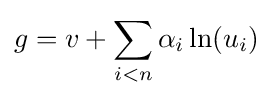
g=v+\sum _{i<n}\alpha _{i}\ln(u_{i})